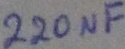
Text: 200µF